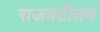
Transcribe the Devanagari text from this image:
राजवटीतच